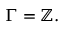
\Gamma = \mathbb { Z } .